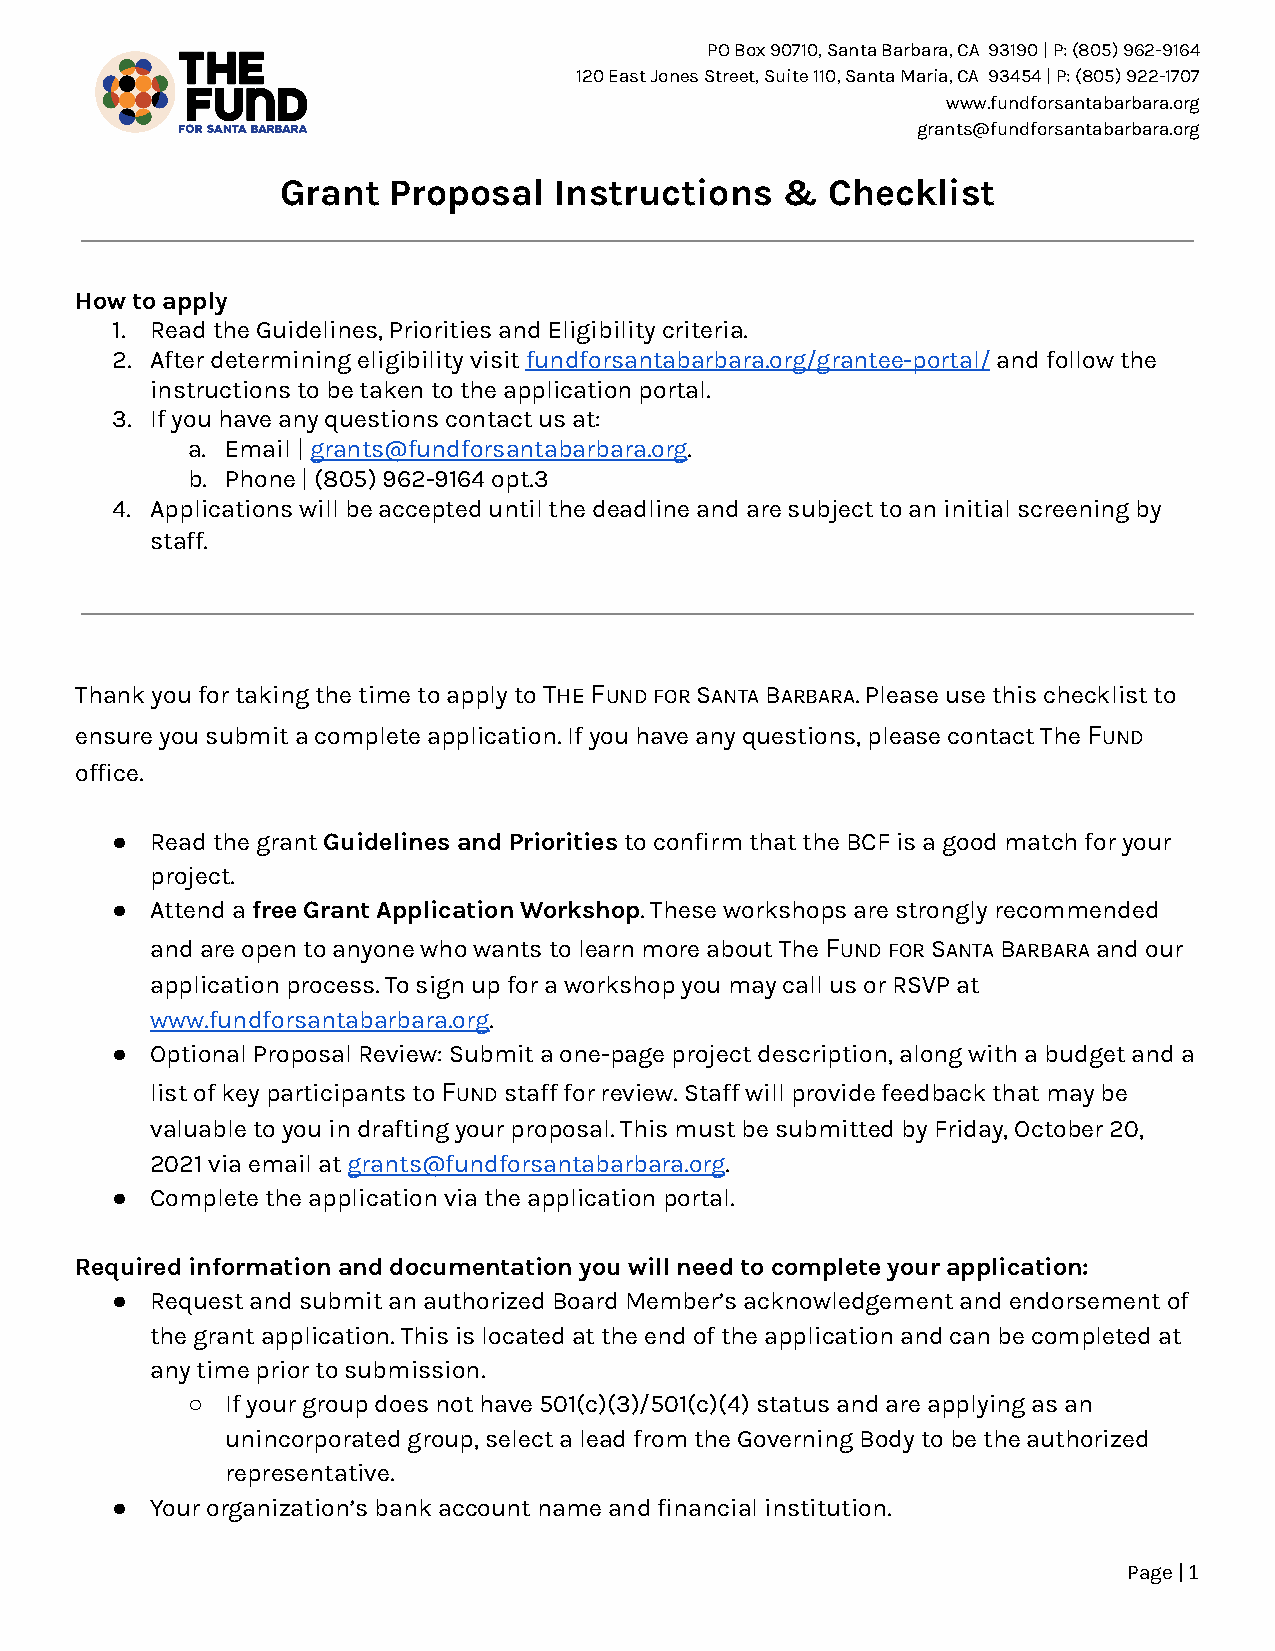
PO Box 90710, Santa Barbara, CA 93190 | P: (805) 962-9164
 120 East Jones Street, Suite 110, Santa Maria, CA 93454 | P: (805) 922-1707
 www.fundforsantabarbara.org
 grants@fundforsantabarbara.org
 Grant  Proposal   Instructions   &  Checklist
 How to apply
 1. Read the Guidelines, Priorities and Eligibility criteria.
 2. After determining eligibility visitfundforsantabarbara.org/grantee-portal/and follow the
 instructions to be taken to the application portal.
 3. If you have any questions contact us at:
 a. Email |grants@fundforsantabarbara.org.
 b. Phone | (805) 962-9164 opt.3
 4. Applications will be accepted until the deadline and are subject to an initial screening by
 staff.
 Thank you for taking the time to apply toTHEFUNDFORSANTABARBARA. Please use this checklist to
 ensure you submit a complete application. If you have any questions, please contact TheFUND
 office.
 ●  Read the grantGuidelines and Prioritiesto confirmthat the BCF is a good match for your
 project.
 ●  Attend afree Grant Application Workshop. These workshopsare strongly recommended
 and are open to anyone who wants to learn more about TheFUNDFORSANTABARBARAand our
 application process. To sign up for a workshop you may call us or RSVP at
 www.fundforsantabarbara.org.
 ●  Optional Proposal Review: Submit a one-page project description, along with a budget and a
 list of key participants toFUNDstaff for review.Staff will provide feedback that may be
 valuable to you in drafting your proposal. This must be submitted by Friday, October 20,
 2021 via email atgrants@fundforsantabarbara.org.
 ●  Complete the application via the application portal.
 Required information and documentation you will need to complete your application:
 ●  Request and submit an authorized Board Member’s acknowledgement and endorsement of
 the grant application. This is located at the end of the application and can be completed at
 any time prior to submission.
 ○  If your group does not have 501(c)(3)/501(c)(4) status and are applying as an
 unincorporated group, select a lead from the Governing Body to be the authorized
 representative.
 ●  Your organization’s bank account name and financial institution.
 Page |1